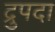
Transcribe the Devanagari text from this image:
द्रुपदा